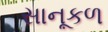
સાનૂકળ